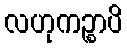
လဟုကဉ္စာပိ